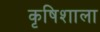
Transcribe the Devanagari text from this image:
कृषिशाला